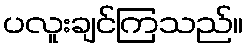
ပလူးချင်ကြသည်။